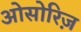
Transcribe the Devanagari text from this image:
ओसोरिज़